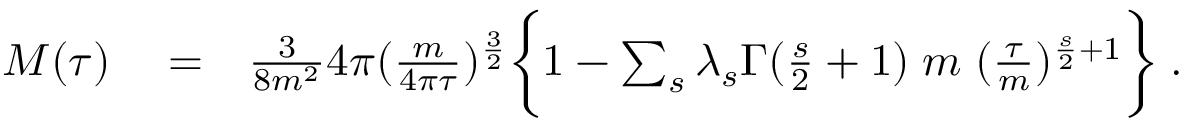
\begin{array} { r l r } { M ( \tau ) } & { { } = } & { \frac { 3 } { 8 m ^ { 2 } } 4 \pi ( \frac { m } { 4 \pi \tau } ) ^ { \frac { 3 } { 2 } } \biggl \lbrace 1 - \sum _ { s } \lambda _ { s } \Gamma ( \frac { s } { 2 } + 1 ) \; m \; ( \frac { \tau } { m } ) ^ { \frac { s } { 2 } + 1 } \biggr \rbrace \; . } \end{array}